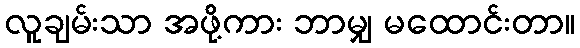
လူချမ်းသာ အဖို့ကား ဘာမျှ မထောင်းတာ။